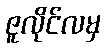
ဇူလိုင်လမှ